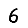
Digit: 6